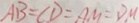
A B = C D = A M = D M